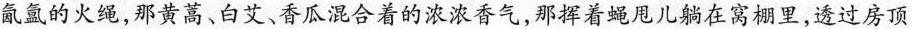
氤氩的火绳，那黄高、白艾、香瓜混合着的浓浓香气，那挥着蝇甩儿躺在窝棚里，透过房顶